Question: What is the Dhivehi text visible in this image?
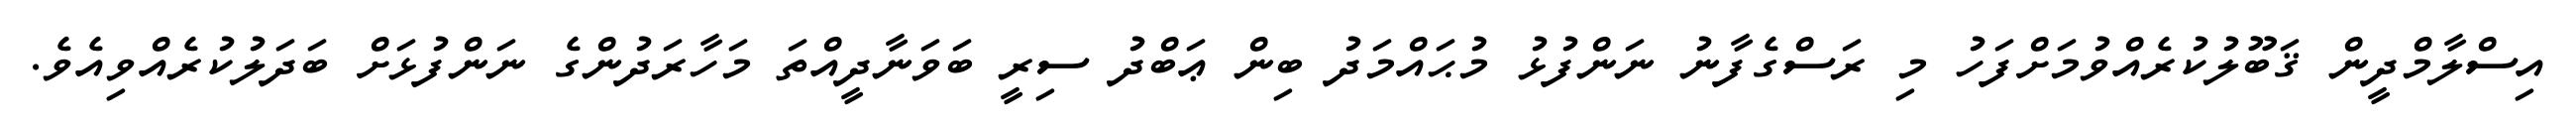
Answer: އިސްލާމްދީން ޤަބޫލުކުރެއްވުމަށްފަހު މި ރަސްގެފާނު ނަންފުޅު މުޙައްމަދު ބިން ޢަބްދު ސިރީ ބަވަނާދީއްތަ މަހާރަދުންގެ ނަންފުޅަށް ބަދަލުކުރެއްވިއެވެ.